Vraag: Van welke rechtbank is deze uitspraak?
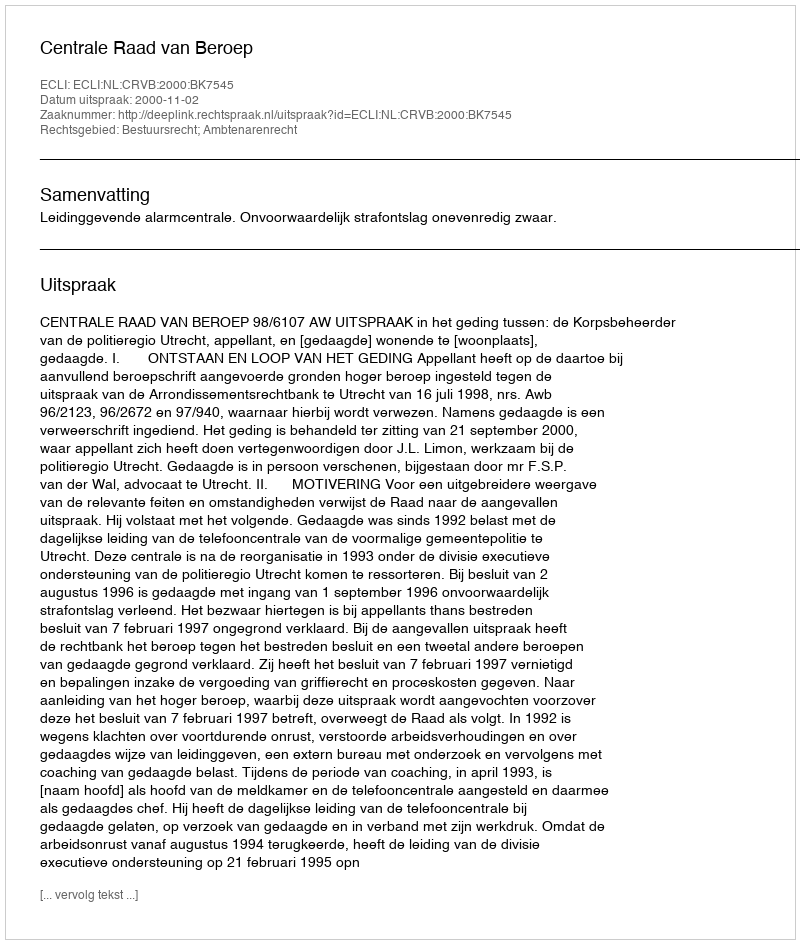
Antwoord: Centrale Raad van Beroep